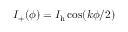
I _ { + } ( \phi ) = I _ { \mathrm { h } } \cos ( k \phi / 2 )